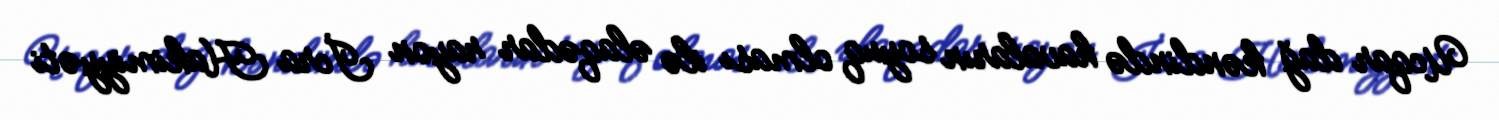
Ucqar dağ kəndində havaların soyuq olması ilə əlaqədar rayon İcra Hakimiyyəti